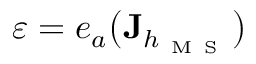
\varepsilon = e _ { a } \big ( \mathbf { J } _ { h _ { \mathrm { ~ M ~ S ~ } } } \big )